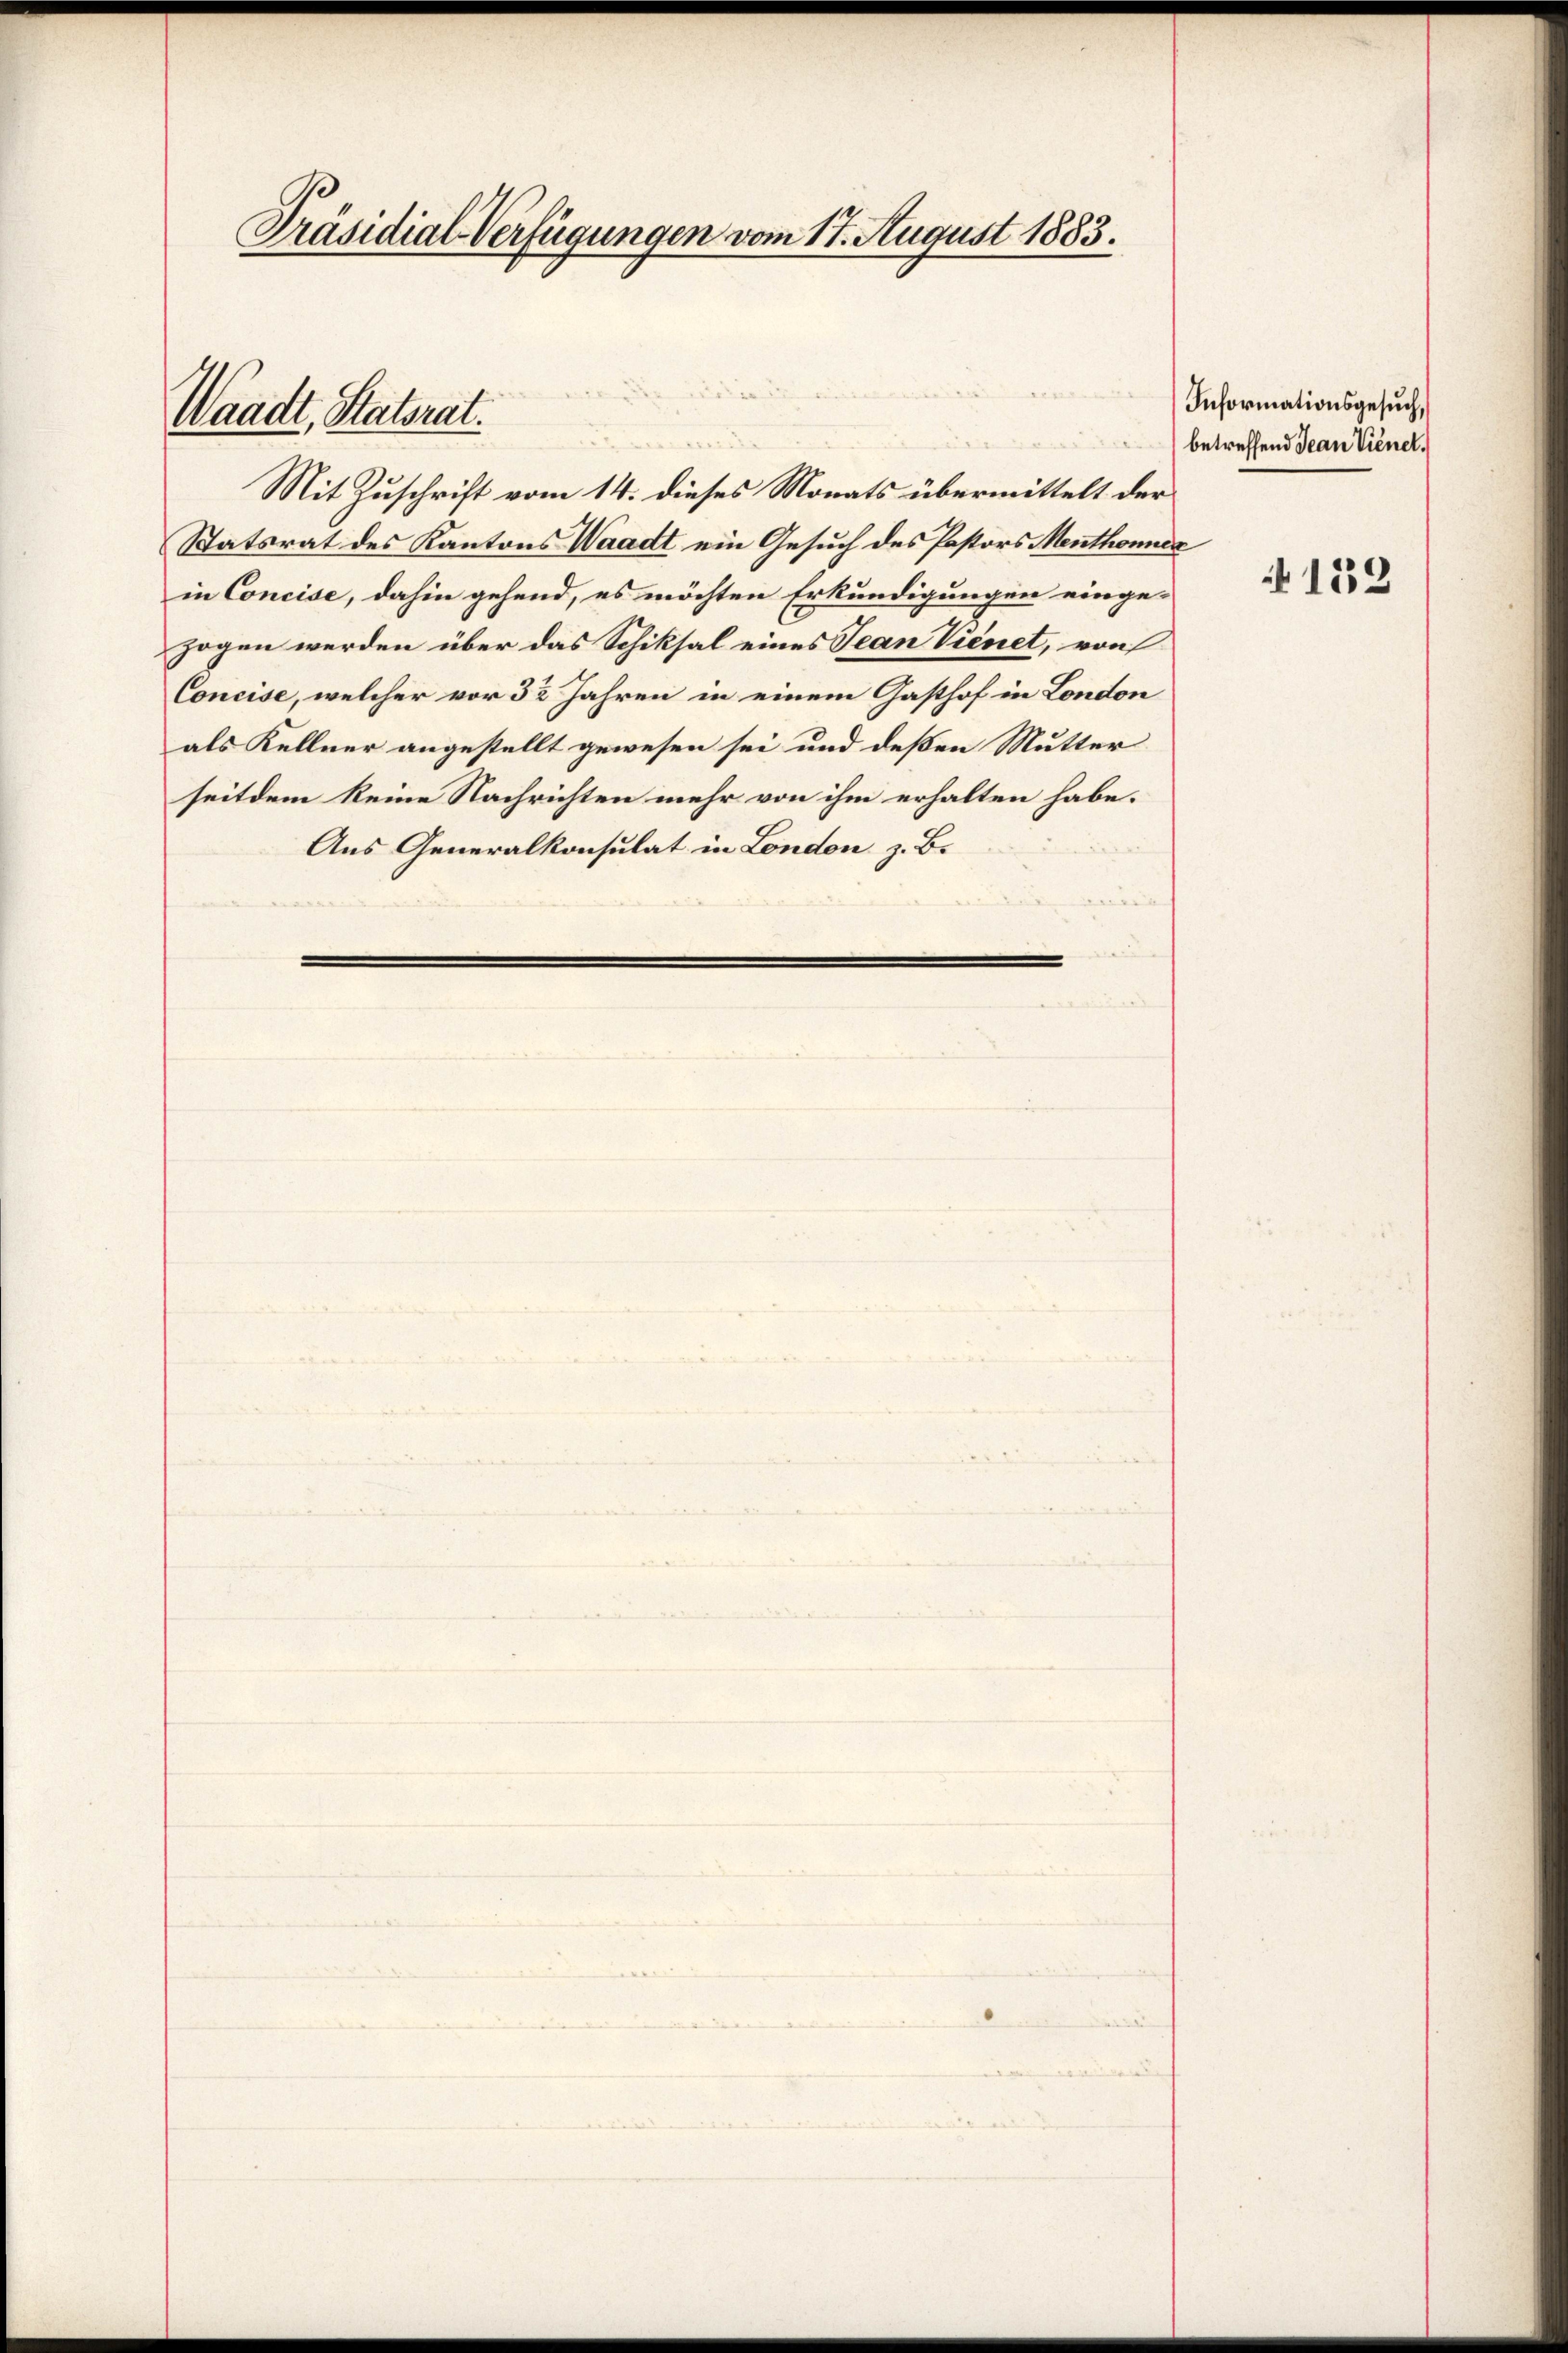
Präsidial-Verfügungen vom 17. August 1883.

Waadt, Statsrat.

Mit Zuschrift vom 14. dieses Monats übermittelt der
Statsrat des Kantons Waadt ein Gesuch des Pastors Menthonier
in Concise, dahin gehend, es möchten Erkundigungen einge-
zogen werden über das Schiksal eines Jean Vienet, von
Concise, welcher vor 32 Jahren in einem Gasthof in London
als Kellner angestellt gewesen sei und deßen Mutter
seitdem keine Nachrichten mehr von ihm erhalten habe.
Aus Generalkonsulat in London z. B.

Informationsgesuch,
betreffend Jean Vienet.

152